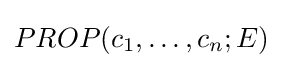
PROP(c_{1},\ldots ,c_{n};E)